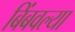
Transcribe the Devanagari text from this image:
बिंबवल्या